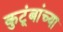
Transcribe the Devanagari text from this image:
कुटूंबांच्या